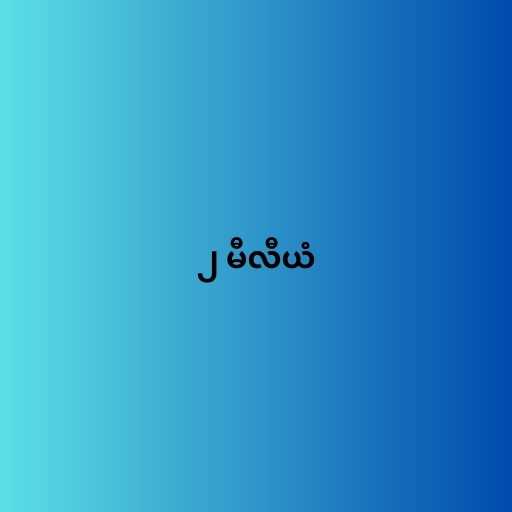
၂ မီလီယံ